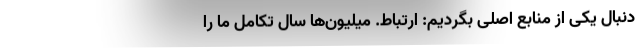
دنبال یکی از منابع اصلی بگردیم: ارتباط. میلیون‌ها سال تکاملْ ما را